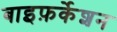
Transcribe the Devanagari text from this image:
बाइफ़र्केशन